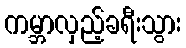
ကမ္ဘာလှည့်ခရီးသွား